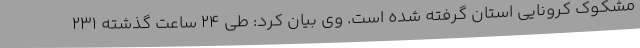
مشکوک کرونایی استان گرفته شده است. وی بیان کرد: طی 24 ساعت گذشته 231